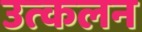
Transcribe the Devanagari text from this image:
उत्‍कलन